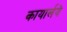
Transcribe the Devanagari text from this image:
कायार्लये